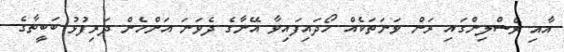
އާއި ރެސްލިންގައި ރަން ވަނަތަކެއް ހޯދައިފައިވާ އޭނާގެ ދެވަނަ އަންހެން ދަރިފުޅު ބަބީތާގެ